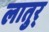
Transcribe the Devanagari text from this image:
लातुर्